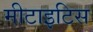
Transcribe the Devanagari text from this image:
मीटाइटिस